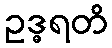
ဥဒ္ဓရတိ